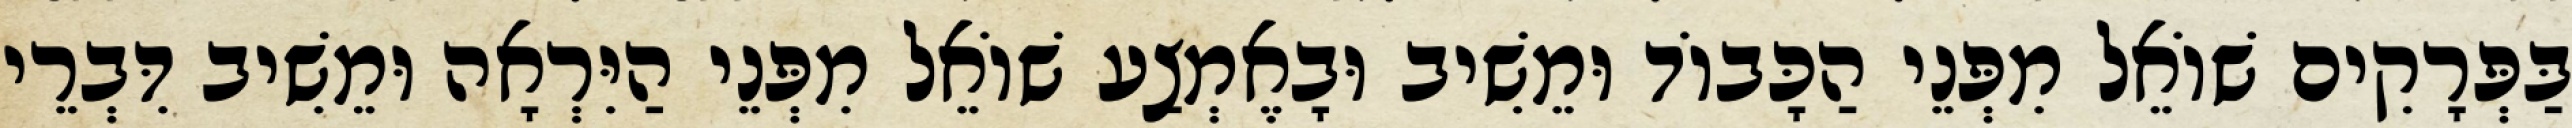
בַּפְּרָקִים שׁוֹאֵל מִפְּנֵי הַכָּבוֹד וּמֵשִׁיב וּבָאֶמְצַע שׁוֹאֵל מִפְּנֵי הַיִּרְאָה וּמֵשִׁיב דִּבְרֵי